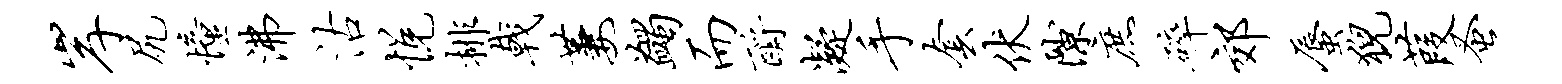
岸尻憧沸沽悦排戟萋蠲而酹凝手套伏隙庶碎郊蜃猊葭蚤